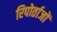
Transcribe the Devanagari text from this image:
रिपोर्ताजों